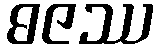
ဓဇဿ